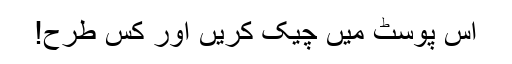
اس پوسٹ میں چیک کریں اور کس طرح!